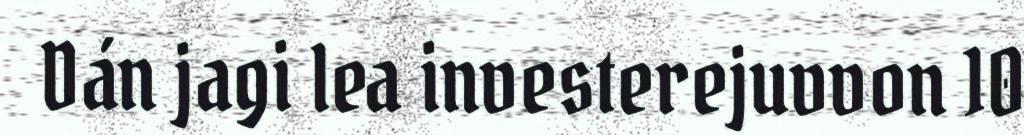
Dán jagi lea investerejuvvon 10